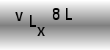
Text: vLx8L